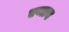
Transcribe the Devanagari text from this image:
एव्लन